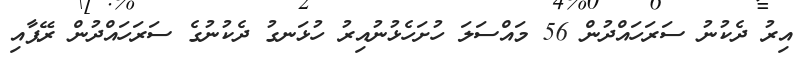
އިރު ދެކުނު ސަރަހައްދުން 56 މައްސަލަ ހުށަހެޅުނުއިރު ހުޅަނގު ދެކުނުގެ ސަރަހައްދުން ރޭޕާއި